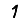
Digit: 1